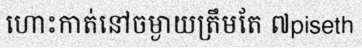
ហោះកាត់នៅចម្ងាយត្រឹមតែ ៧piseth